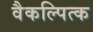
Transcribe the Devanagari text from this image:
वैकल्पित्क